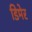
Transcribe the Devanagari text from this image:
डिमेर